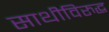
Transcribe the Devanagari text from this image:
साथीविरुद्ध